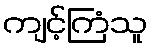
ကျင့်ကြံသူ